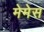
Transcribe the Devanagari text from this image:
मेमेस